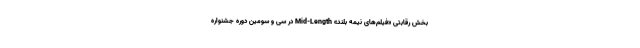
بخش رقابتی «فیلم‌های نیمه بلند» Mid-Length در سی و سومین دوره جشنواره